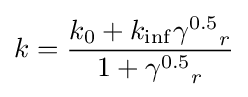
k={{k_{0}+k_{\inf }{\gamma ^{0.5}}_{r}} \over {1+{\gamma ^{0.5}}_{r}}}